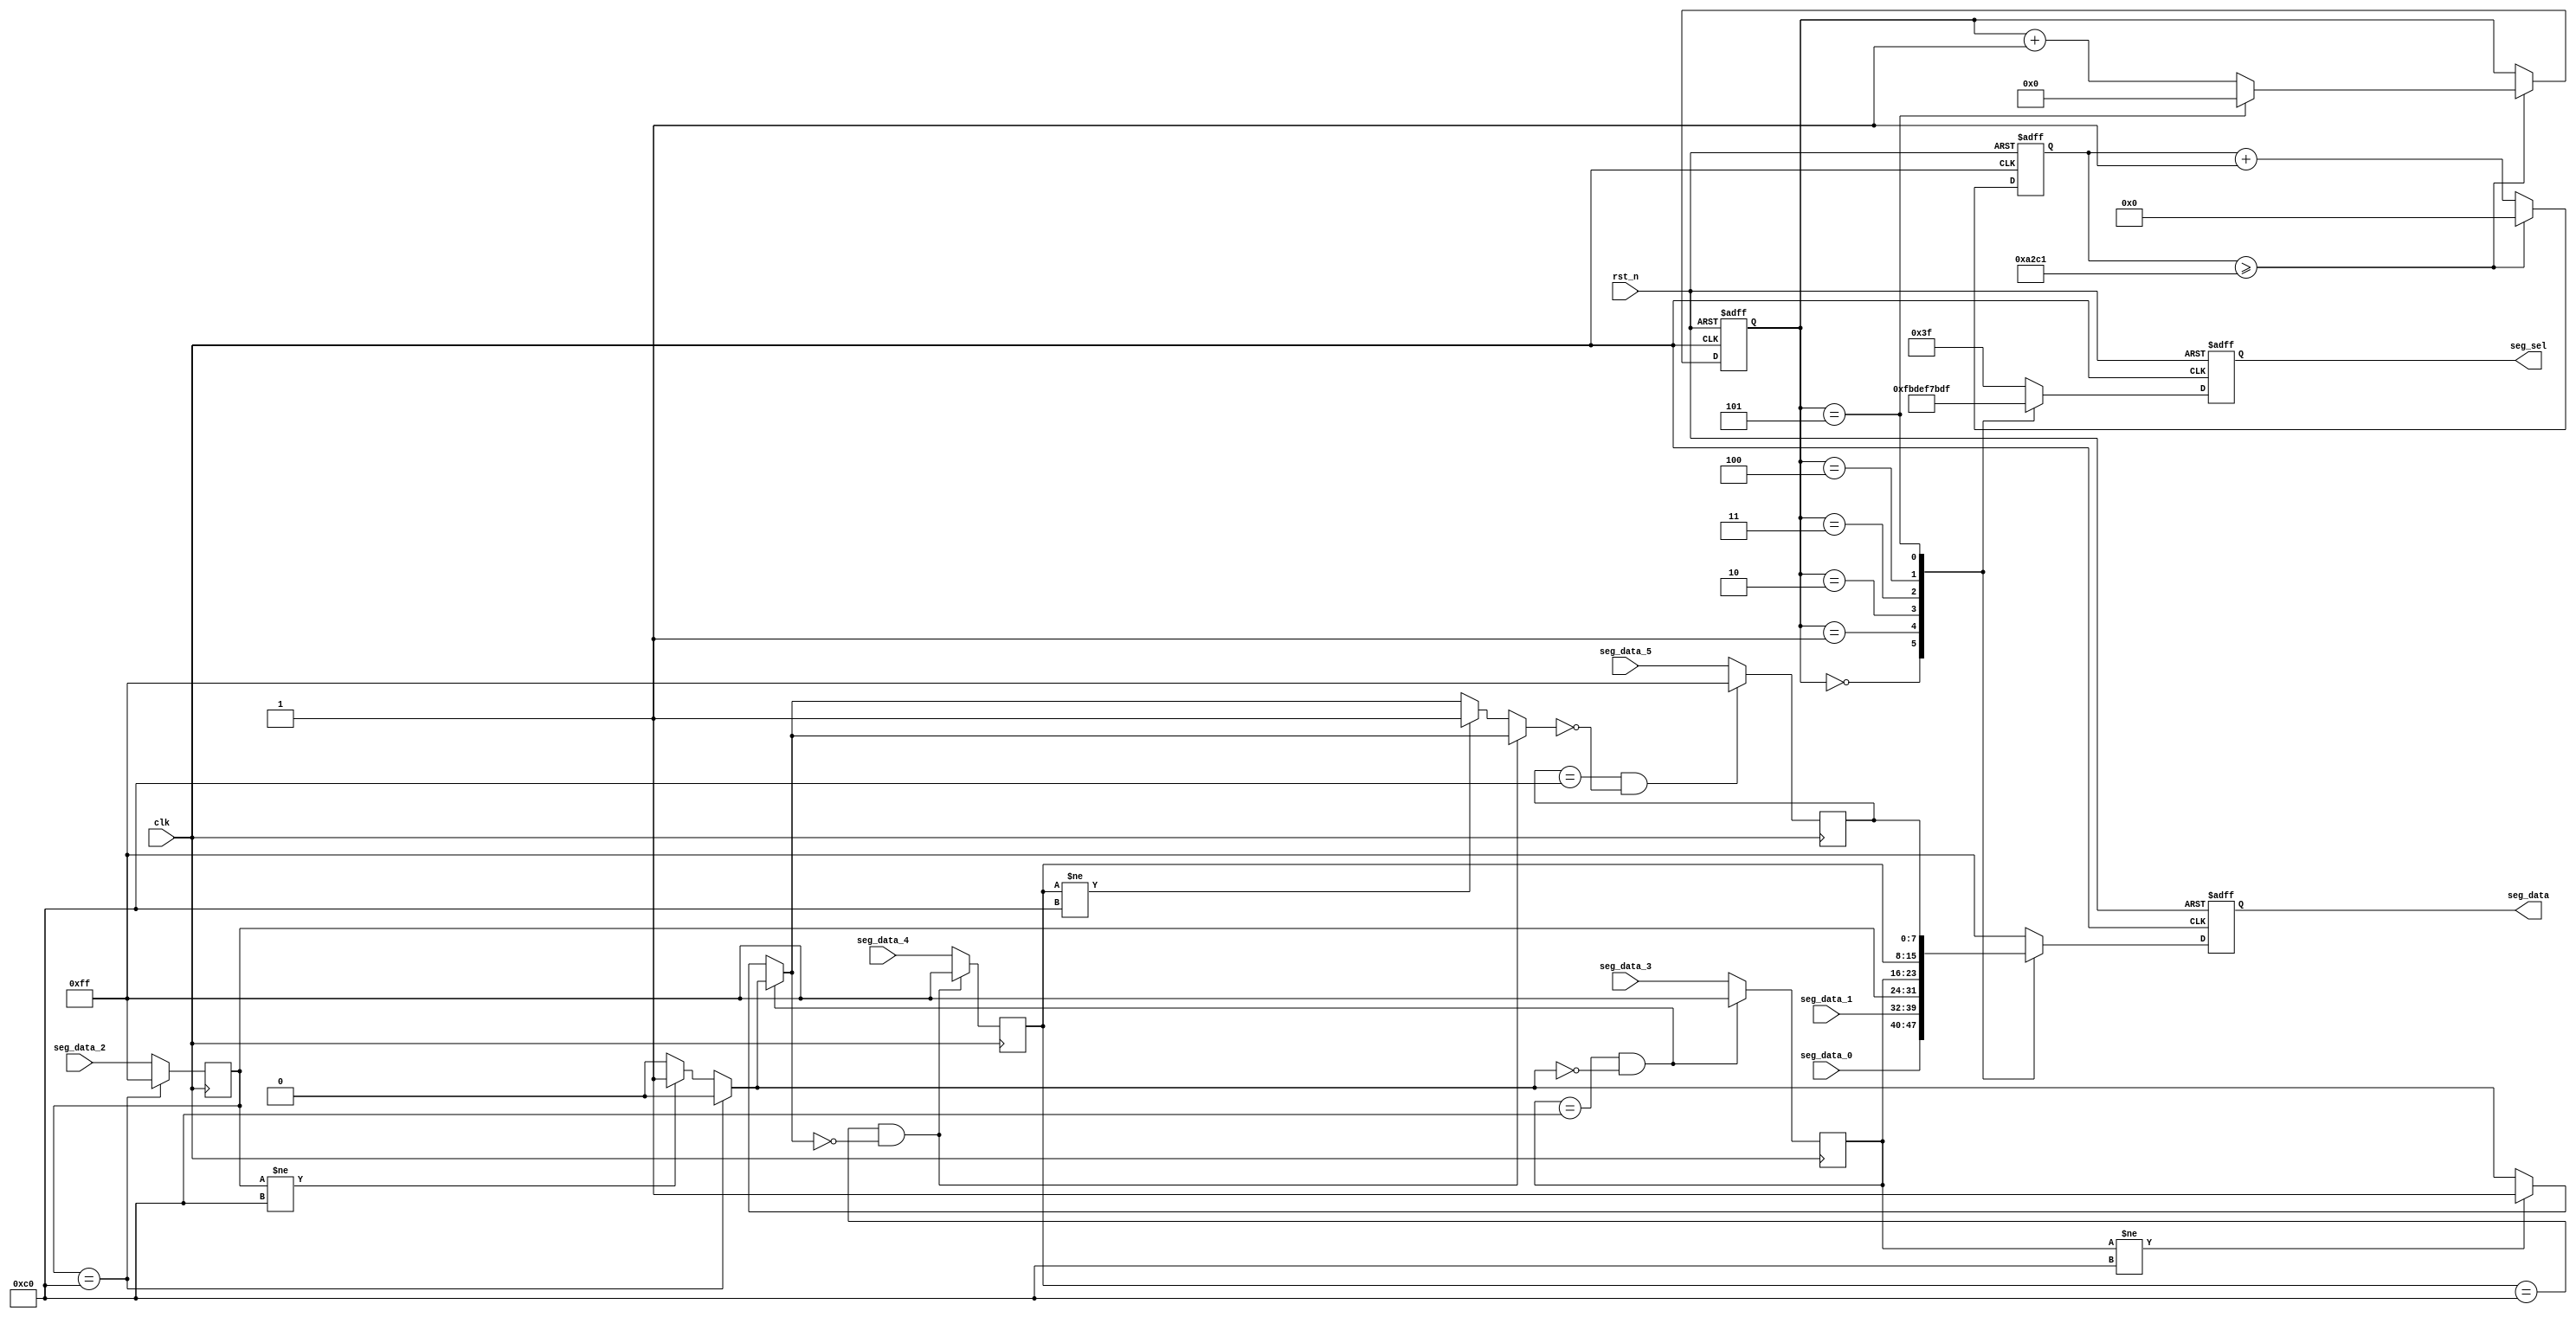
module seg_scan(
	input           clk,
	input           rst_n,
	output reg[5:0] seg_sel,      //digital led chip select
	output reg[7:0] seg_data,     //eight segment digital tube output,MSB is the decimal point
	input[7:0]      seg_data_0,
	input[7:0]      seg_data_1,
	input[7:0]      seg_data_2,
	input[7:0]      seg_data_3,
	input[7:0]      seg_data_4,
	input[7:0]      seg_data_5
);
parameter SCAN_FREQ = 200;     //scan frequency
parameter CLK_FREQ = 50000000; //clock frequency

parameter SCAN_COUNT = CLK_FREQ /(SCAN_FREQ * 6) - 1;

reg[31:0] scan_timer;  //scan time counter
reg[3:0] scan_sel;     //Scan select counter

always@(posedge clk or negedge rst_n)
begin
	if(rst_n == 1'b0)
	begin
		scan_timer <= 32'd0;
		scan_sel <= 4'd0;
	end
	else if(scan_timer >= SCAN_COUNT)
	begin
		scan_timer <= 32'd0;
		if(scan_sel == 4'd5)
			scan_sel <= 4'd0;
		else
			scan_sel <= scan_sel + 4'd1;
	end
	else
		begin
			scan_timer <= scan_timer + 32'd1;
		end
end
always@(posedge clk or negedge rst_n)
begin
	if(rst_n == 1'b0)
	begin
		seg_sel <= 6'b111111;
		seg_data <= 8'hff;
	end
	else
	begin
		case(scan_sel)
			//first digital led
			4'd0:
			begin
				seg_sel <= 6'b11_1110;
				seg_data <= seg_data_0;
			end
			//second digital led
			4'd1:
			begin
				seg_sel <= 6'b11_1101;
				seg_data <= seg_data_1;
			end
			//...
			4'd2:
			begin
				seg_sel <= 6'b11_1011;
				seg_data <= input_data[2];
			end
			4'd3:
			begin
				seg_sel <= 6'b11_0111;
				seg_data <= input_data[3];
			end
			4'd4:
			begin
				seg_sel <= 6'b10_1111;
				seg_data <= input_data[4];
			end
			4'd5:
			begin
				seg_sel <= 6'b01_1111;
				seg_data <= input_data[5];
			end
			default:
			begin
				seg_sel <= 6'b11_1111;
				seg_data <= 8'hff;
			end
		endcase
	end
end

reg [7:0] input_data[0:5]; // 定义一个 6x8 的二维 reg 数组
reg[3:0] i, j;
reg flag = 0;

always @(posedge clk) begin
   input_data[0] <= seg_data_0;
   input_data[1] <= seg_data_1;
   input_data[2] <= seg_data_2;
   input_data[3] <= seg_data_3;
   input_data[4] <= seg_data_4;
   input_data[5] <= seg_data_5;

     for (i = 2; i < 6; i = i + 1) begin
      if (input_data[i] == 8'b1100_0000 && flag == 0)
         input_data[i] <= 8'b1111_1111;
	  else if  (input_data[i] != 8'b1100_0000)
	  	flag = 1;
      end

   flag = 0;
	
end



endmodule